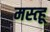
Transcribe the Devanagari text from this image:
मस्त्हू